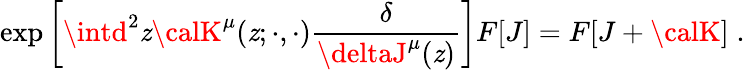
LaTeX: \exp\left[\intd^{2}\mathit{z}{\calK}^{\mu}(\mathit{z};\cdot,\cdot)\frac{{\delta}}{{\deltaJ^{\mu}(\mathit{z})}}\right]F[J]=F[J+{\calK}]\; .